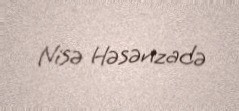
Nisə Həsənzadə